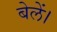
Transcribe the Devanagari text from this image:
बेलें।